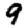
Digit: 9